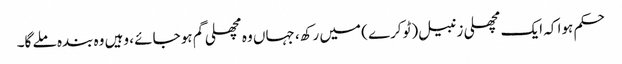
حکم ہوا کہ ایک مچھلی زنبیل (ٹوکرے ) میں رکھ، جہاں وہ مچھلی گم ہو جائے ، وہیں وہ بندہ ملے گا۔